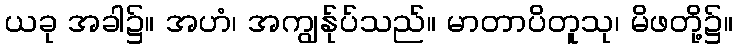
ယခု အခါ၌။ အဟံ၊ အကျွန်ုပ်သည်။ မာတာပိတူသု၊ မိဖတို့၌။